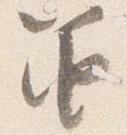
笛